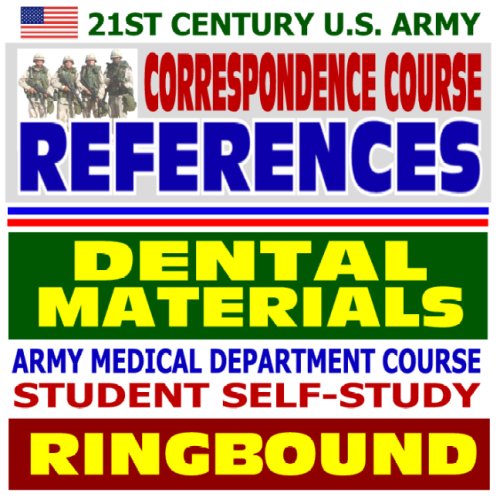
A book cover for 21st Century U.S. Army Correspondence Course References: Dental Materials - Army Medical Department Course Student Self-Study Guide (Ringbound); Department of Defense; Medical Books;